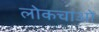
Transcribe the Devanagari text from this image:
लोकचाओ